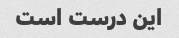
این درست است